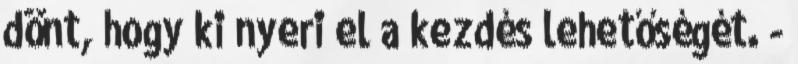
dönt, hogy ki nyeri el a kezdés lehetőségét. -